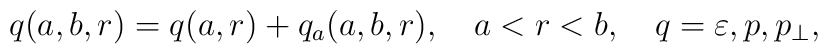
q(a,b,r)=q(a,r)+q_{a}(a,b,r),\quad a<r<b,\quad q=\varepsilon,p,p_{\perp },